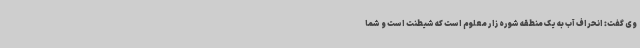
وی گفت: انحراف آب به یک منطقه شوره زار معلوم است که شیطنت است و شما